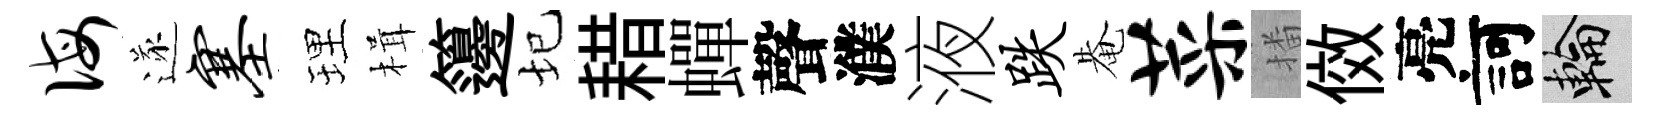
诲遂塞理楫籩圮耤蟬聲濮液跌𤲅菜播傚亮訶輪